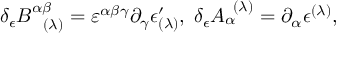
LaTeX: \delta _ { \epsilon } B _ { \; \; \; ( \lambda ) } ^ { \alpha \beta } = \varepsilon ^ { \alpha \beta \gamma } \partial _ { \gamma } \epsilon _ { ( \lambda ) } ^ { \prime } , \; \delta _ { \epsilon } A _ { \alpha } ^ { \; \; ( \lambda ) } = \partial _ { \alpha } \epsilon ^ { ( \lambda ) } ,